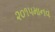
૨૦૧૫માનવ